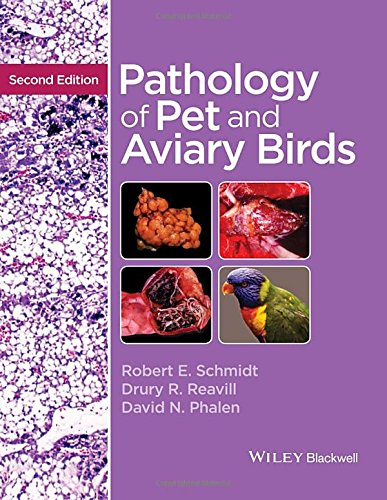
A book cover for Pathology of Pet and Aviary Birds; Robert E. Schmidt; Medical Books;